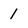
Character: 1